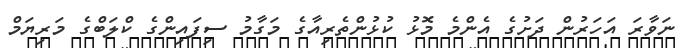
ނަވާރަ އަހަރުން ދަށުގެ އެންމެ މޮޅު ކުޅުންތެރިއާގެ މަގާމު ސިފައިންގެ ކްލަބްގެ މަރިޔަމް